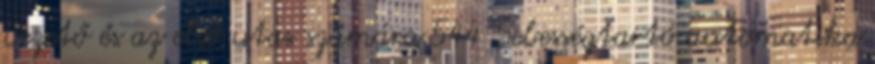
vezető és az első utas számára 544 Sebességtartó automatika